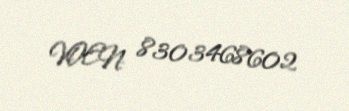
VOEN: 8303468602